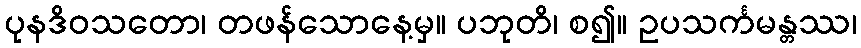
ပုနဒိဝသတော၊ တဖန်သောနေ့မှ။ ပဘုတိ၊ စ၍။ ဥပသင်္ကမန္တဿ၊